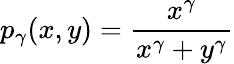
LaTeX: p_{\gamma}(x,y)=\frac{x^{\gamma}}{x^{\gamma}+y^{\gamma}}